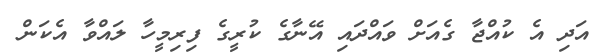
އަދި އެ ކުއްޖާ ގެއަށް ވައްދައި އޭނާގެ ކުރީގެ ފިރިމީހާ ލައްވާ އެކަން